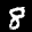
Label: 8